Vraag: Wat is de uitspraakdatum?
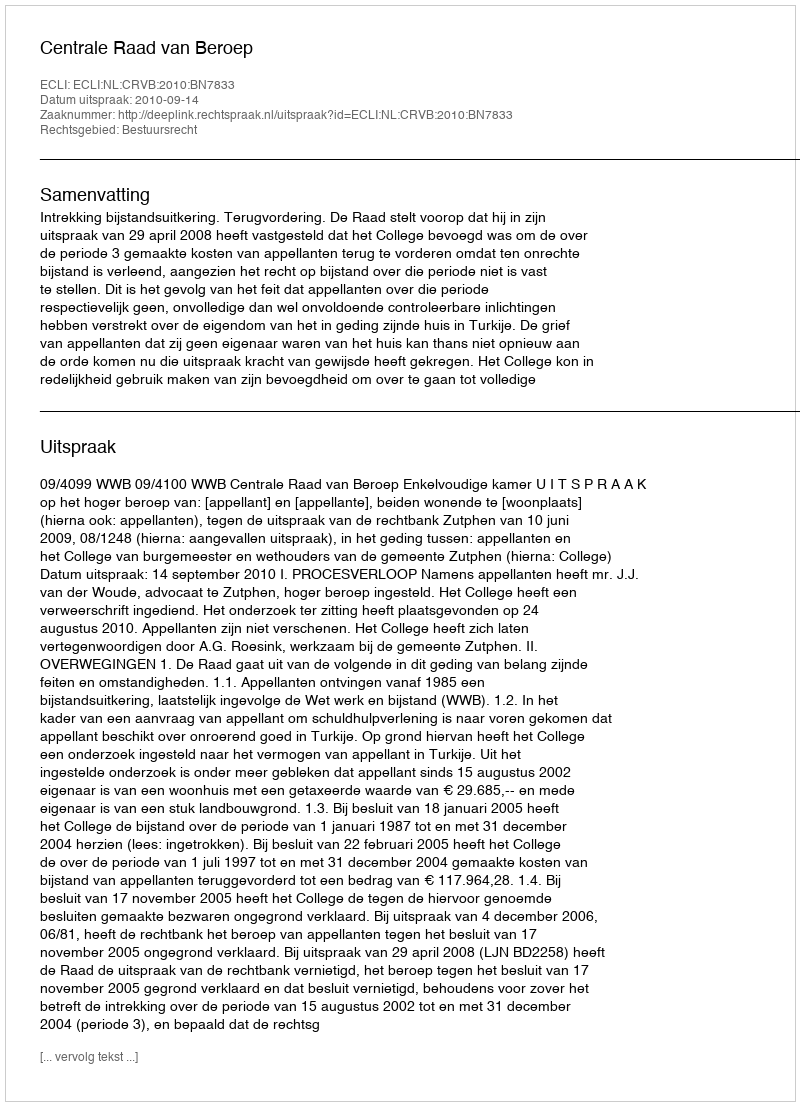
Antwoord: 2010-09-14